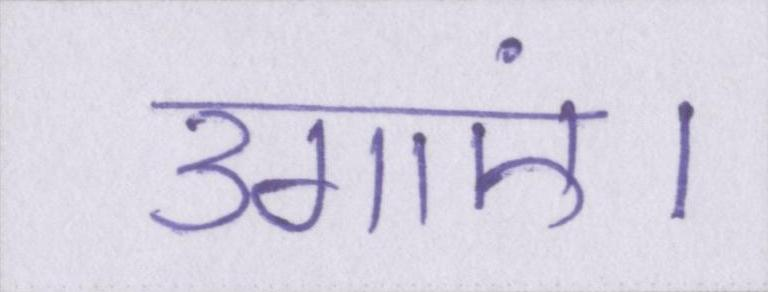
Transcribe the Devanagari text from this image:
उगाएं।